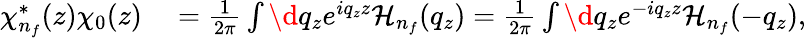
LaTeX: \begin{array}{rl}{\chi_{n_{f}}^{*}(z)\chi_{0}(z)}&{{}=\frac{1}{2\pi}\int\d q_{z}e^{iq_{z}z}\mathcal{H}_{n_{f}}(q_{z})=\frac{1}{2\pi}\int\d q_{z}e^{-iq_{z}z}\mathcal{H}_{n_{f}}(-q_{z}),}\end{array}